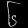
Digit: ၆